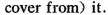
cover from) it.